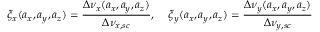
\xi _ { x } ( a _ { x } , a _ { y } , a _ { z } ) = \frac { \Delta \nu _ { x } ( a _ { x } , a _ { y } , a _ { z } ) } { \Delta \nu _ { x , s c } } , \; \; \; \; \xi _ { y } ( a _ { x } , a _ { y } , a _ { z } ) = \frac { \Delta \nu _ { y } ( a _ { x } , a _ { y } , a _ { z } ) } { \Delta \nu _ { y , s c } }